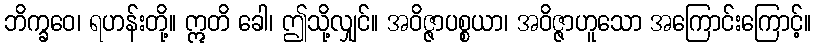
ဘိက္ခဝေ၊ ရဟန်းတို့။ ဣတိ ခေါ၊ ဤသို့လျှင်။ အဝိဇ္ဇာပစ္စယာ၊ အဝိဇ္ဇာဟူသော အကြောင်းကြောင့်။